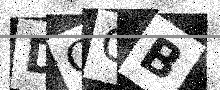
Text: DCGB